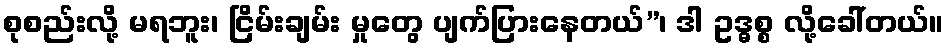
စုစည်းလို့ မရဘူး၊ ငြိမ်းချမ်း မှုတွေ ပျက်ပြားနေတယ်”၊ ဒါ ဥဒ္ဓစ္စ လို့ခေါ်တယ်။